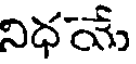
నిధయే